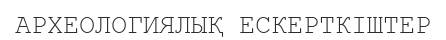
АРХЕОЛОГИЯЛЫҚ ЕСКЕРТКІШТЕР